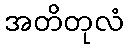
အတိတုလံ